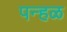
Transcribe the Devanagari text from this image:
पन्हळ